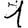
Digit: 1